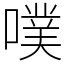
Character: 噗